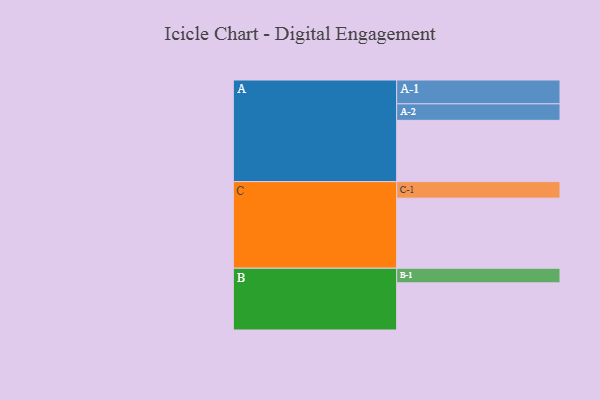
{"axis": {"x": "Segment", "y": "Value"}, "legend": ["", "A", "B", "C"], "data": [{"x": "A", "y": 486, "type": ""}, {"x": "B", "y": 374, "type": ""}, {"x": "C", "y": 556, "type": ""}, {"x": "A-1", "y": 189, "type": "A"}, {"x": "A-2", "y": 131, "type": "A"}, {"x": "B-1", "y": 116, "type": "B"}, {"x": "C-1", "y": 131, "type": "C"}]}